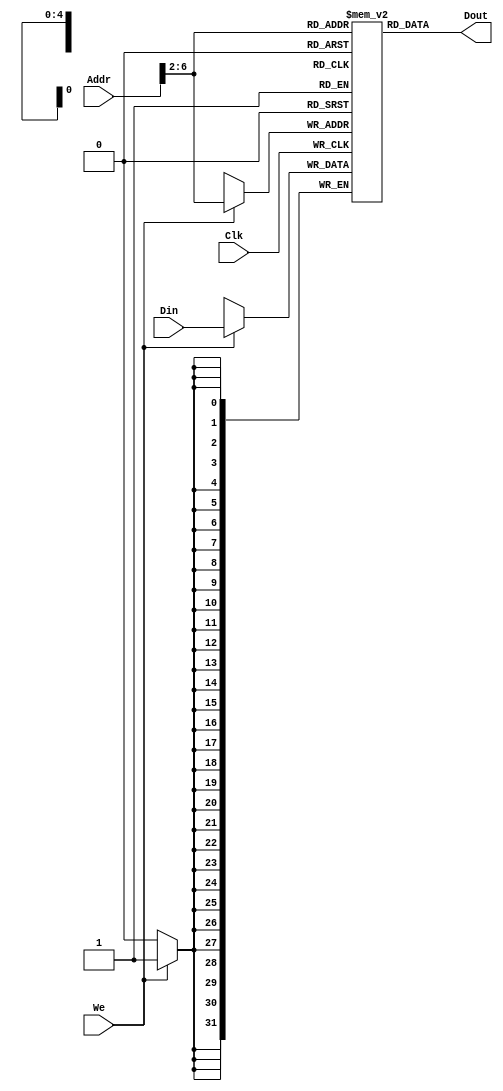
`timescale 1ns / 1ps
//////////////////////////////////////////////////////////////////////////////////
// Company: 
// Engineer: 
// 
// Design Name: 
// Module Name: DATAMEM
// Project Name: 
// Target Devices: 
// Tool Versions: 
// Description: 
// 
// Dependencies: 
// 
// Revision:
// Revision 0.01 - File Created
// Additional Comments:
// 
//////////////////////////////////////////////////////////////////////////////////


module DATAMEM(Addr,Din,Clk,We,Dout);
input [31:0]Addr,Din;
input Clk,We;
output [31:0]Dout;
reg [31:0]Ram[31:0];
assign Dout=Ram[Addr[6:2]];
always @(posedge Clk)begin
    if(We)Ram[Addr[6:2]]<=Din;
end
integer i;
initial begin
    for(i=0;i<32;i=i+1)
        Ram[i]=0;
end            
endmodule